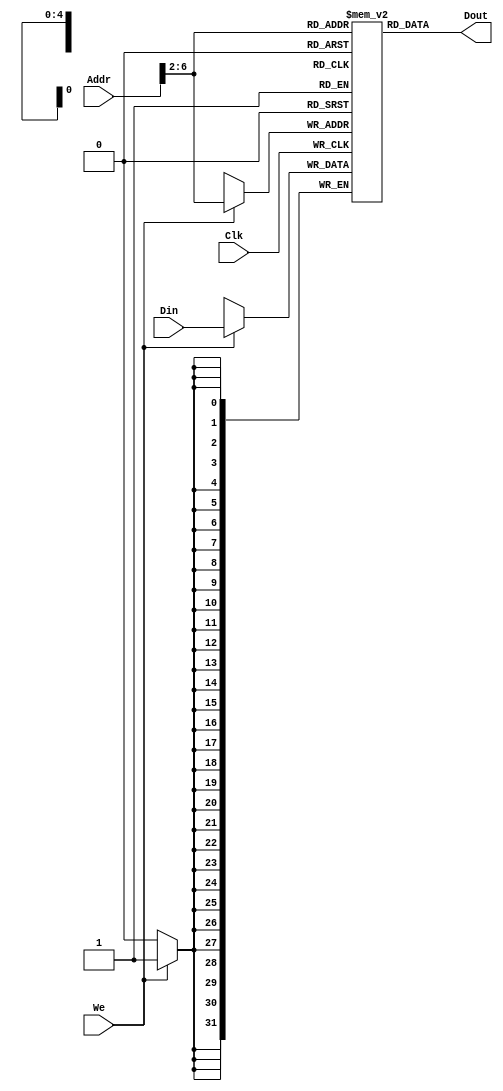
`timescale 1ns / 1ps
//////////////////////////////////////////////////////////////////////////////////
// Company: 
// Engineer: 
// 
// Design Name: 
// Module Name: DATAMEM
// Project Name: 
// Target Devices: 
// Tool Versions: 
// Description: 
// 
// Dependencies: 
// 
// Revision:
// Revision 0.01 - File Created
// Additional Comments:
// 
//////////////////////////////////////////////////////////////////////////////////


module DATAMEM(Addr,Din,Clk,We,Dout);
input [31:0]Addr,Din;
input Clk,We;
output [31:0]Dout;
reg [31:0]Ram[31:0];
assign Dout=Ram[Addr[6:2]];
always @(posedge Clk)begin
    if(We)Ram[Addr[6:2]]<=Din;
end
integer i;
initial begin
    for(i=0;i<32;i=i+1)
        Ram[i]=0;
end            
endmodule